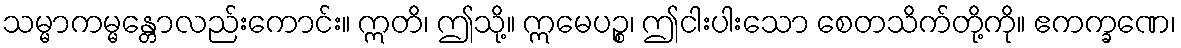
သမ္မာကမ္မန္တောလည်းကောင်း။ ဣတိ၊ ဤသို့။ ဣမေပဉ္စ၊ ဤငါးပါးသော စေတသိက်တို့ကို။ ဧကက္ခဏေ၊